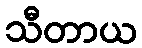
သီတာယ